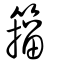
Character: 籀